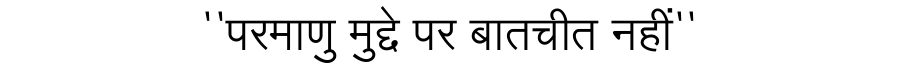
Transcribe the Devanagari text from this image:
''परमाणु मुद्दे पर बातचीत नहीं''